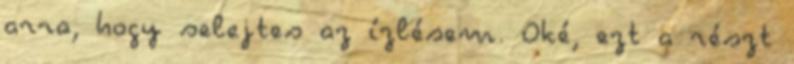
arra, hogy selejtes az ízlésem. Oké, ezt a részt